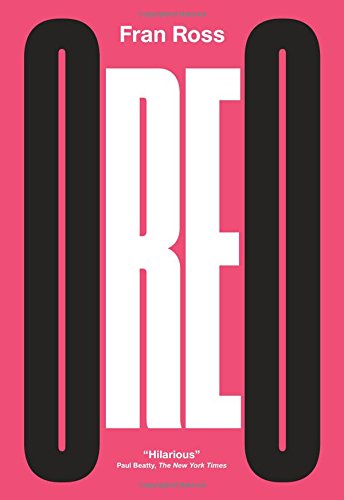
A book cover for Oreo (New Directions Paperbook); Fran Ross; Literature & Fiction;